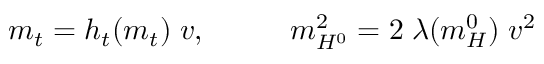
m _ { t } = h _ { t } ( m _ { t } ) \; v , \; \; \; \; \; \; \; \; \; \; m _ { H ^ { 0 } } ^ { 2 } = 2 \; \lambda ( m _ { H } ^ { 0 } ) \; v ^ { 2 }